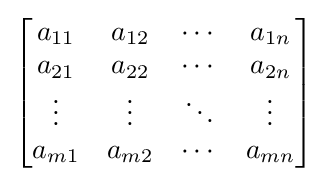
{\begin{bmatrix}a_{11}&a_{12}&\cdots &a_{1n}\\a_{21}&a_{22}&\cdots &a_{2n}\\\vdots &\vdots &\ddots &\vdots \\a_{m1}&a_{m2}&\cdots &a_{mn}\end{bmatrix}}